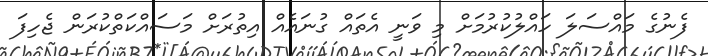
ފެނުގެ މައްސަލަ ހައްލުކުރުމަށް މި ވަނީ އެތައް ގުނައެއް އިތުރަށް މަސައްކަތްކުރަން ޖެހިފަ